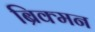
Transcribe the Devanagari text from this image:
ब्रिक्मन